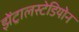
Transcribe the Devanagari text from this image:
झेंट्रालस्टेडियोन